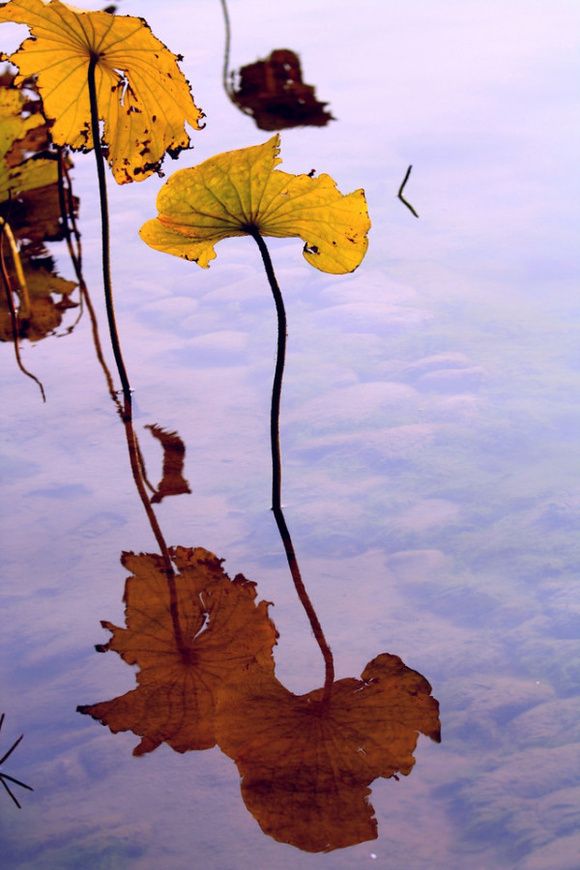
荷叶生时春恨生，荷叶枯时秋恨成。